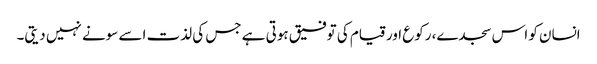
انسان کو اس سجدے، رکوع اور قیام کی توفیق ہوتی ہے جس کی لذت اسے سونے نہیں دیتی۔